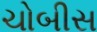
ચોબીસ